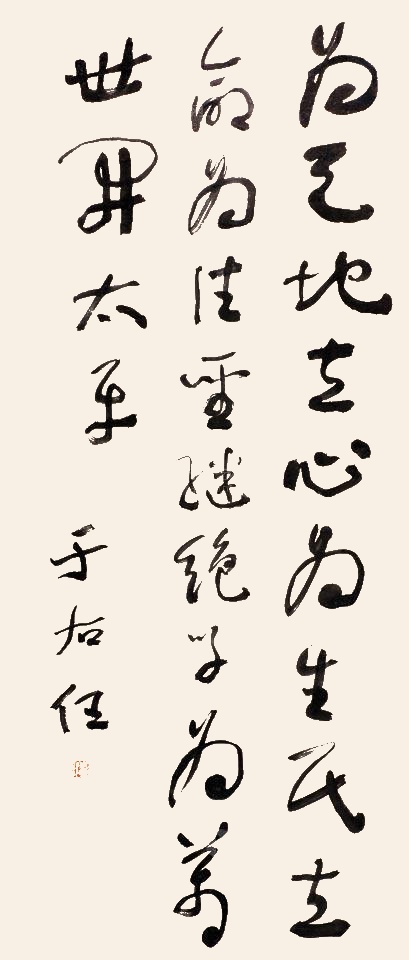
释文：为天地立心，为生民立命，为往圣继绝学，为万世开太平。于右任